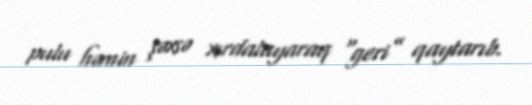
pulu həmin şəxsə xırdalayaraq “geri” qaytarıb.